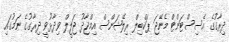
ދިރާގުގެ އެސިސްޓަންޓް މެނޭޖަ ޕަކްބިލް ރިލޭޝަންސް އިމްޖާދު ޖަލީލް ވިދާޅުވީ ދިރާގުގެ ނަމުގައި